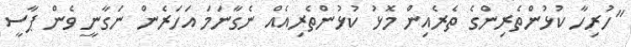
"ހުރިހާ ކުޅުންތެރިންގެ ތެރެއިން މޮޅު ކުޅުންތެރިއެއް ނެގާނަމަ އަހަރެން ނަގާނީ ވެން ޕާސީ